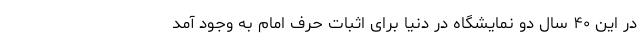
در این ۴۰ سال دو نمایشگاه در دنیا برای اثبات حرف امام به وجود آمد